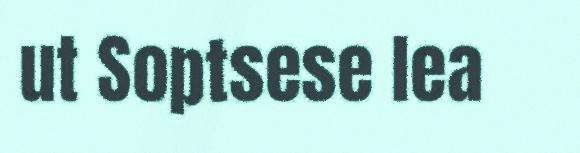
ut Soptsese lea